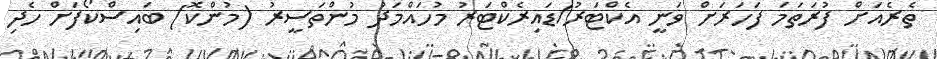
ތެރެއަށް ފުރަތަމަ ފަހަރަށް ވަނީ އެކްޓަރު/ޑައިރެކްޓަރު މުހައްމަދު މުންތަސީރު (މުންކޮ) ބައިސްކޯފަށް ހެދި